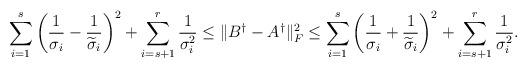
LaTeX: \begin{align*}\sum_{i=1}^{s}\bigg(\frac{1}{\sigma_{i}}-\frac{1}{\widetilde{\sigma}_{i}}\bigg)^{2}+\sum_{i=s+1}^{r}\frac{1}{\sigma_{i}^{2}}\leq\|B^{\dagger}-A^{\dagger}\|_{F}^{2}\leq\sum_{i=1}^{s}\bigg(\frac{1}{\sigma_{i}}+\frac{1}{\widetilde{\sigma}_{i}}\bigg)^{2}+\sum_{i=s+1}^{r}\frac{1}{\sigma_{i}^{2}}.\end{align*}